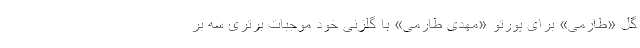
گل «طارمی» برای پورتو «مهدی طارمی» با گلزنی خود موجبات برتری سه بر